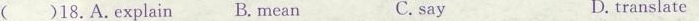
( )18.A.Explain B. Mean C. say D. translate